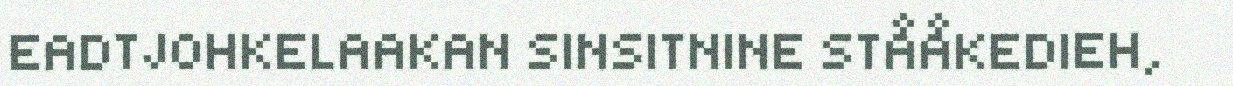
EADTJOHKELAAKAN SINSITNINE STÅÅKEDIEH,